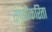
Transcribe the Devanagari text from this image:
संपत्तीकरिता